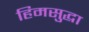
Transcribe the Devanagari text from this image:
हिमसुद्धा